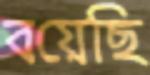
বয়েছি